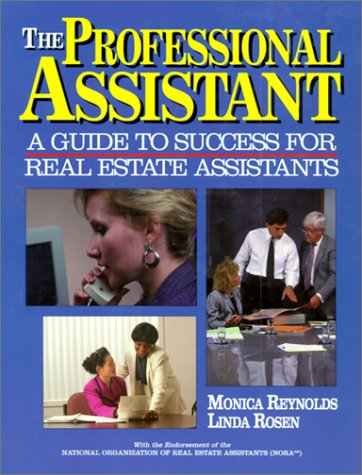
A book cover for Professional Assistant: A Guide to Success for Real Estate Assistants; Monica Reynolds; Business & Money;